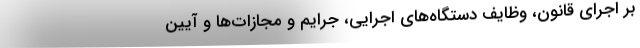
بر اجرای قانون، وظایف دستگاه‌های اجرایی، جرایم و مجازات‌ها و آیین